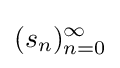
(s_{n})_{n=0}^{\infty }